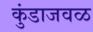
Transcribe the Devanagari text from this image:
कुंडाजवळ